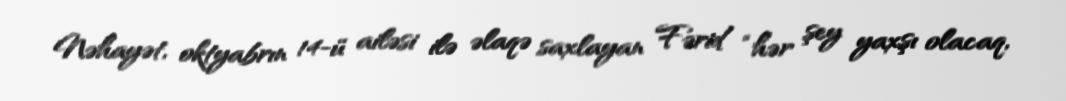
Nəhayət, oktyabrın 14-ü ailəsi ilə əlaqə saxlayan Fərid “hər şey yaxşı olacaq,